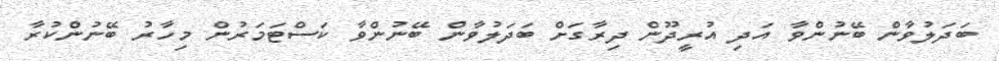
ބަދަލުވާން ބޭނުންވާ އަދި އުރީދޫން ދިރާގަށް ބަދަލުވާން ބޭނުންވާ ކަސްޓަމަރުން މިހާރު ބޭނުންކުރާ